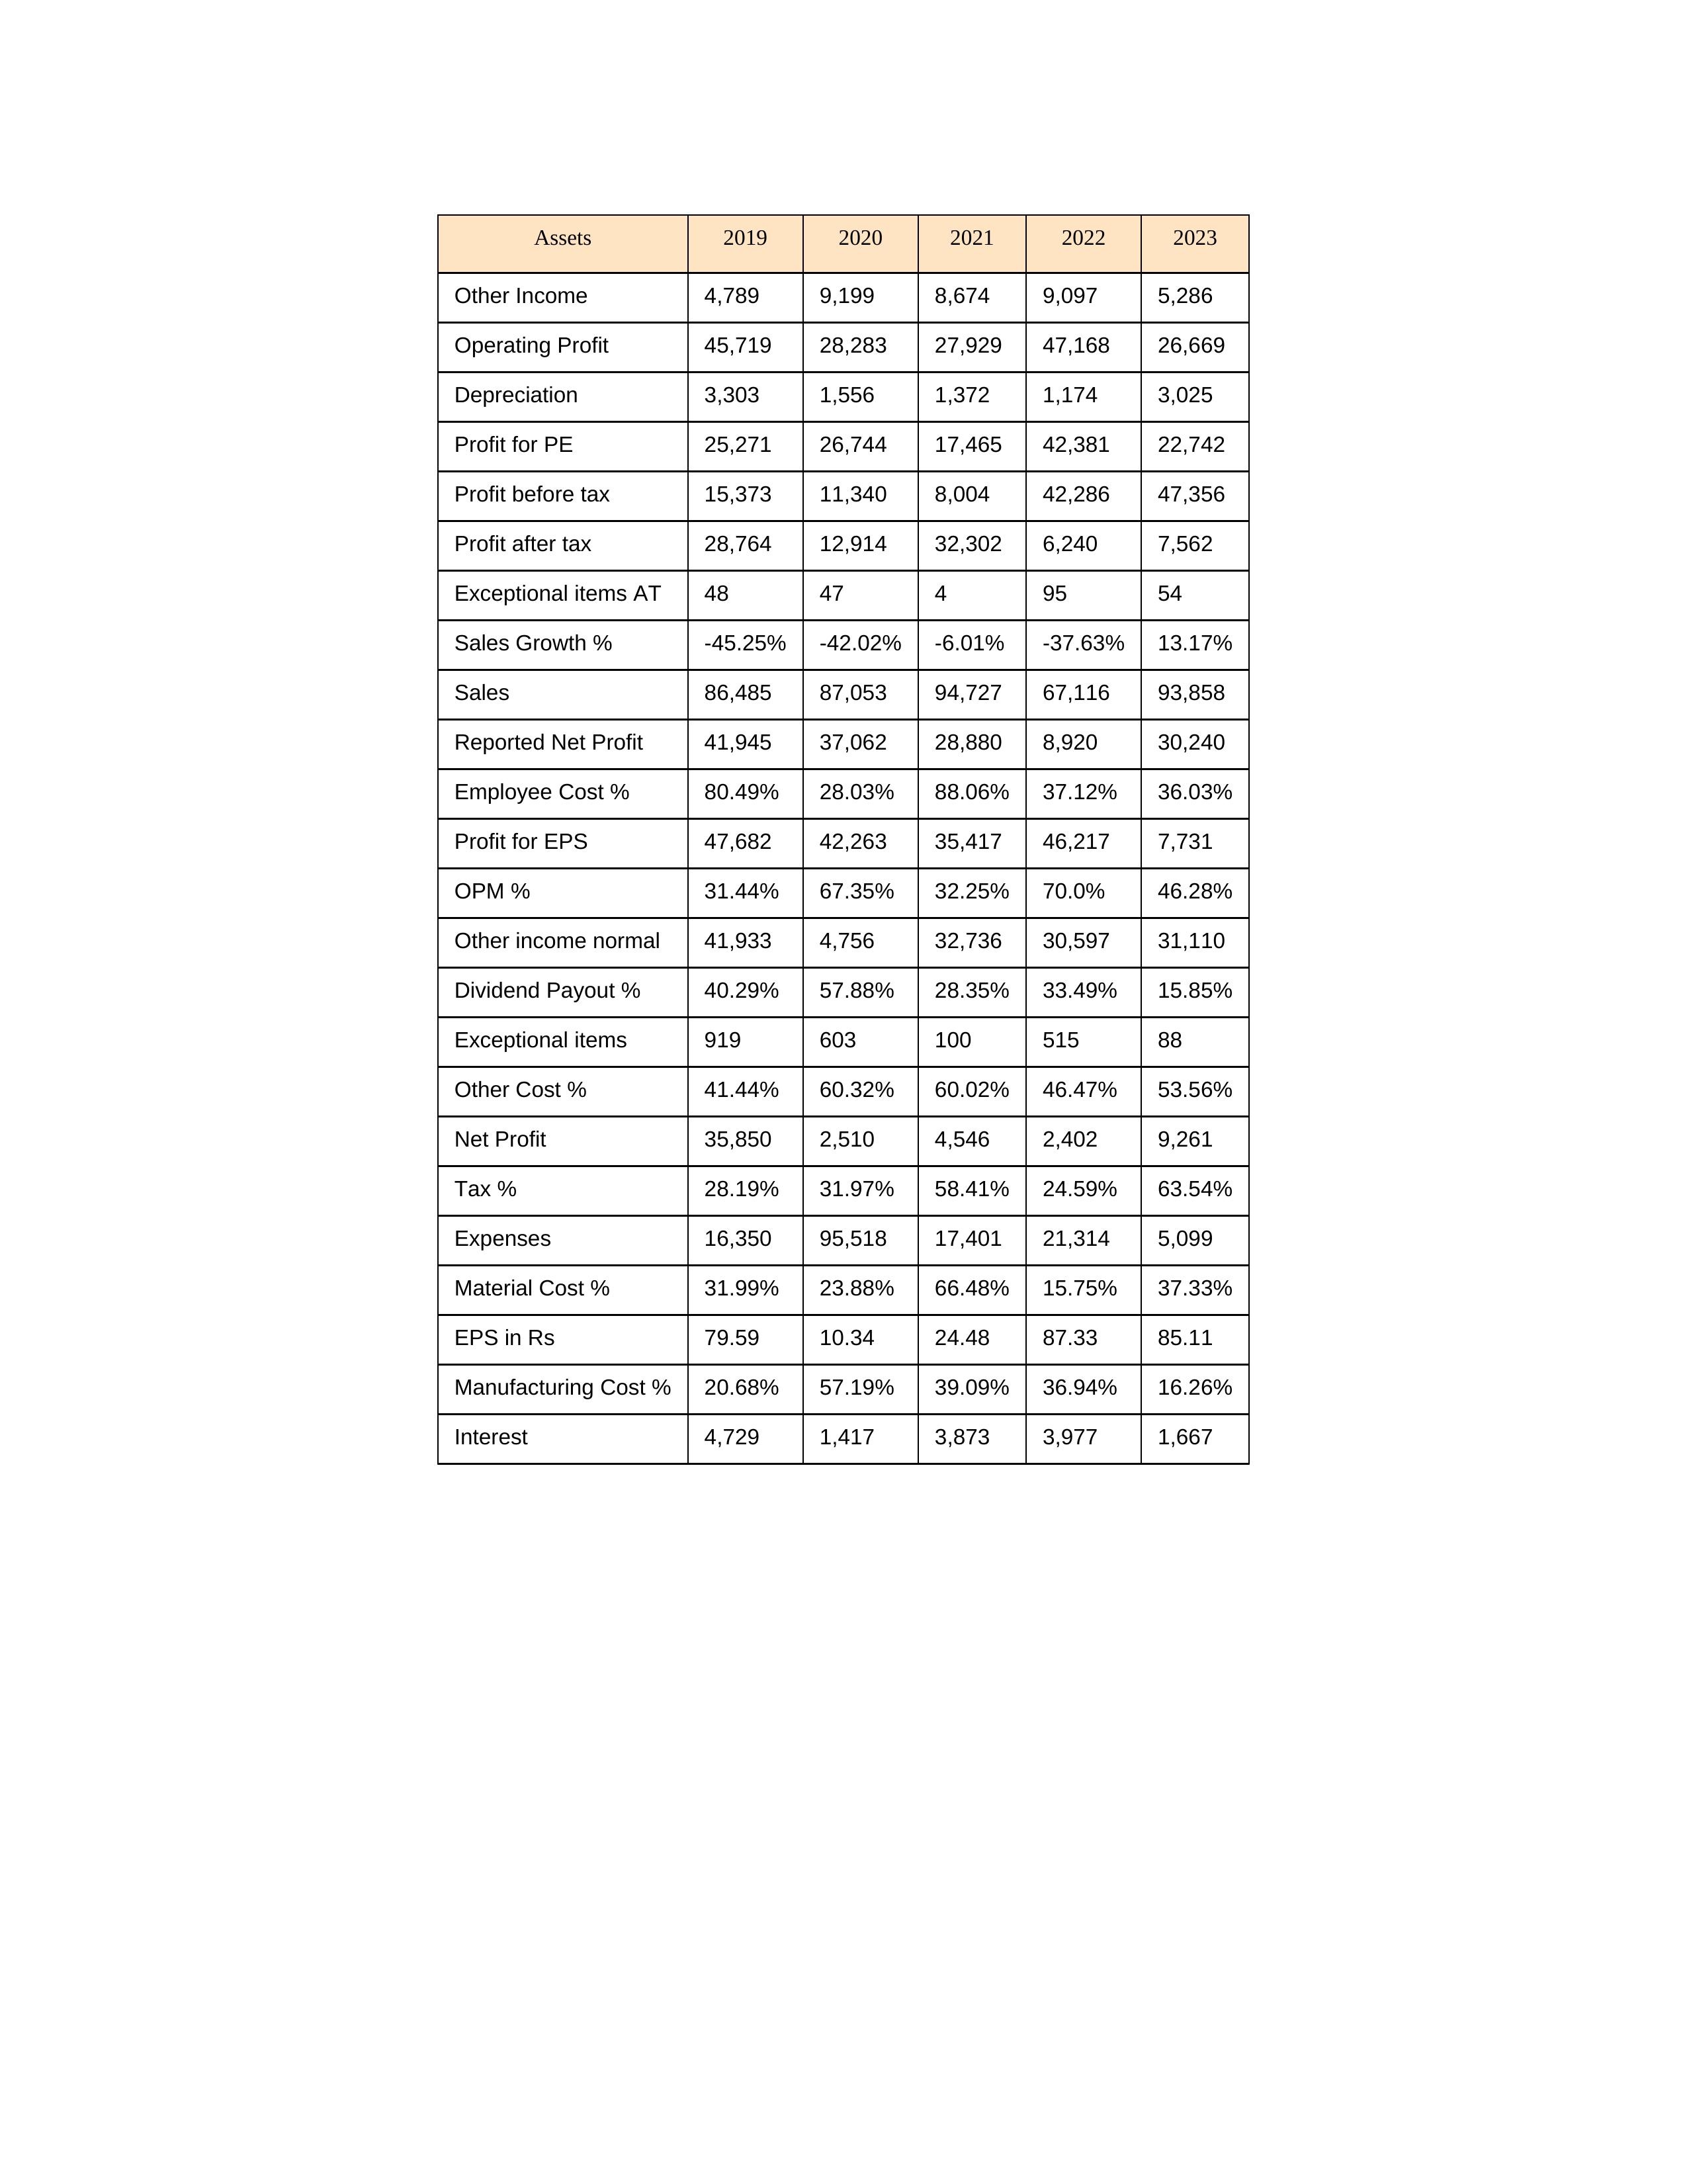
gt_parse: 2019: Sales: 86,485
Sales Growth %: -45.25%
Expenses: 16,350
Material Cost %: 31.99%
Manufacturing Cost %: 20.68%
Employee Cost %: 80.49%
Other Cost %: 41.44%
Operating Profit: 45,719
OPM %: 31.44%
Other Income: 4,789
Exceptional items: 919
Other income normal: 41,933
Interest: 4,729
Depreciation: 3,303
Profit before tax: 15,373
Tax %: 28.19%
Net Profit: 35,850
Profit after tax: 28,764
Reported Net Profit: 41,945
Profit for EPS: 47,682
Exceptional items AT: 48
Profit for PE: 25,271
EPS in Rs: 79.59
Dividend Payout %: 40.29%
2020: Sales: 87,053
Sales Growth %: -42.02%
Expenses: 95,518
Material Cost %: 23.88%
Manufacturing Cost %: 57.19%
Employee Cost %: 28.03%
Other Cost %: 60.32%
Operating Profit: 28,283
OPM %: 67.35%
Other Income: 9,199
Exceptional items: 603
Other income normal: 4,756
Interest: 1,417
Depreciation: 1,556
Profit before tax: 11,340
Tax %: 31.97%
Net Profit: 2,510
Profit after tax: 12,914
Reported Net Profit: 37,062
Profit for EPS: 42,263
Exceptional items AT: 47
Profit for PE: 26,744
EPS in Rs: 10.34
Dividend Payout %: 57.88%
2021: Sales: 94,727
Sales Growth %: -6.01%
Expenses: 17,401
Material Cost %: 66.48%
Manufacturing Cost %: 39.09%
Employee Cost %: 88.06%
Other Cost %: 60.02%
Operating Profit: 27,929
OPM %: 32.25%
Other Income: 8,674
Exceptional items: 100
Other income normal: 32,736
Interest: 3,873
Depreciation: 1,372
Profit before tax: 8,004
Tax %: 58.41%
Net Profit: 4,546
Profit after tax: 32,302
Reported Net Profit: 28,880
Profit for EPS: 35,417
Exceptional items AT: 4
Profit for PE: 17,465
EPS in Rs: 24.48
Dividend Payout %: 28.35%
2022: Sales: 67,116
Sales Growth %: -37.63%
Expenses: 21,314
Material Cost %: 15.75%
Manufacturing Cost %: 36.94%
Employee Cost %: 37.12%
Other Cost %: 46.47%
Operating Profit: 47,168
OPM %: 70.0%
Other Income: 9,097
Exceptional items: 515
Other income normal: 30,597
Interest: 3,977
Depreciation: 1,174
Profit before tax: 42,286
Tax %: 24.59%
Net Profit: 2,402
Profit after tax: 6,240
Reported Net Profit: 8,920
Profit for EPS: 46,217
Exceptional items AT: 95
Profit for PE: 42,381
EPS in Rs: 87.33
Dividend Payout %: 33.49%
2023: Sales: 93,858
Sales Growth %: 13.17%
Expenses: 5,099
Material Cost %: 37.33%
Manufacturing Cost %: 16.26%
Employee Cost %: 36.03%
Other Cost %: 53.56%
Operating Profit: 26,669
OPM %: 46.28%
Other Income: 5,286
Exceptional items: 88
Other income normal: 31,110
Interest: 1,667
Depreciation: 3,025
Profit before tax: 47,356
Tax %: 63.54%
Net Profit: 9,261
Profit after tax: 7,562
Reported Net Profit: 30,240
Profit for EPS: 7,731
Exceptional items AT: 54
Profit for PE: 22,742
EPS in Rs: 85.11
Dividend Payout %: 15.85%